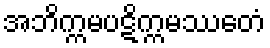
အဘိက္ကမပဋိက္ကမဿေတံ